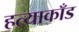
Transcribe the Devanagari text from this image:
हत्याकाँड